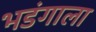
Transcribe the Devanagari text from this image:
भडंगाला